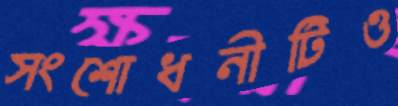
সংশোধনীটিও